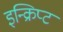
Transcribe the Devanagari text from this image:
इन्क्रिप्ट